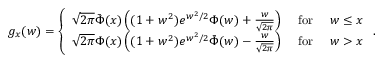
g _ { x } ( w ) = \left\{ \begin{array} { l l } { \sqrt { 2 \pi } \bar { \Phi } ( x ) \left( ( 1 + w ^ { 2 } ) e ^ { w ^ { 2 } / 2 } \Phi ( w ) + \frac { w } { \sqrt { 2 \pi } } \right) } & { \mathrm { ~ f o r ~ } \quad w \leq x } \\ { \sqrt { 2 \pi } \Phi ( x ) \left( ( 1 + w ^ { 2 } ) e ^ { w ^ { 2 } / 2 } \bar { \Phi } ( w ) - \frac { w } { \sqrt { 2 \pi } } \right) } & { \mathrm { ~ f o r ~ } \quad w > x } \end{array} \right. .